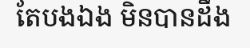
តែបងឯង មិនបានដឹង